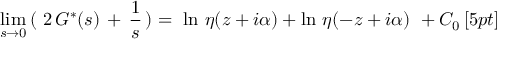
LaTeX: \operatorname * { l i m } _ { s \rightarrow 0 } \, ( \, \, 2 \, G ^ { * } ( s ) \, + \, \frac { 1 } { s } \, ) = \, \, \ln \, \eta ( z + i \alpha ) + \ln \, \eta ( - z + i \alpha ) \, \, + C _ { 0 } \, [ 5 p t ]